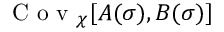
\mathrm { ~ C ~ o ~ v ~ } _ { \chi } [ A ( \sigma ) , B ( \sigma ) ]